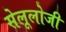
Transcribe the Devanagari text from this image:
सेलूलोजी